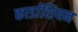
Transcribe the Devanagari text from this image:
कार्डाशियन